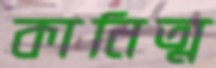
কানিত্ম